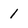
Character: 1